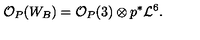
{ \mathcal O } _ { P } ( W _ { B } ) = { \mathcal O } _ { P } ( 3 ) \otimes p ^ { * } { \mathcal L } ^ { 6 } .